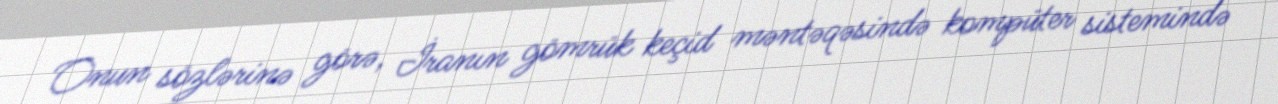
Onun sözlərinə görə, İranın gömrük keçid məntəqəsində kompüter sistemində